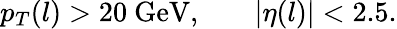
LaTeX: p_{T}(l)>20~\mathrm{GeV,}\qquad|\eta(l)|<2.5.